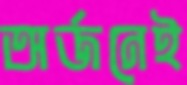
অর্জনেই